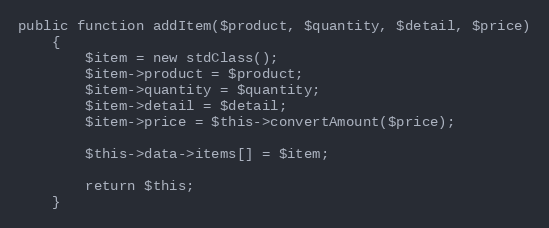
Language: PHP
public function addItem($product, $quantity, $detail, $price)
    {
        $item = new stdClass();
        $item->product = $product;
        $item->quantity = $quantity;
        $item->detail = $detail;
        $item->price = $this->convertAmount($price);

        $this->data->items[] = $item;

        return $this;
    }